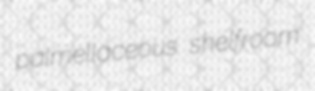
palmellaceous shelfroom